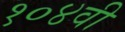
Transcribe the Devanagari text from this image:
१०४वी